Rae_vallavalitsus, lk 98
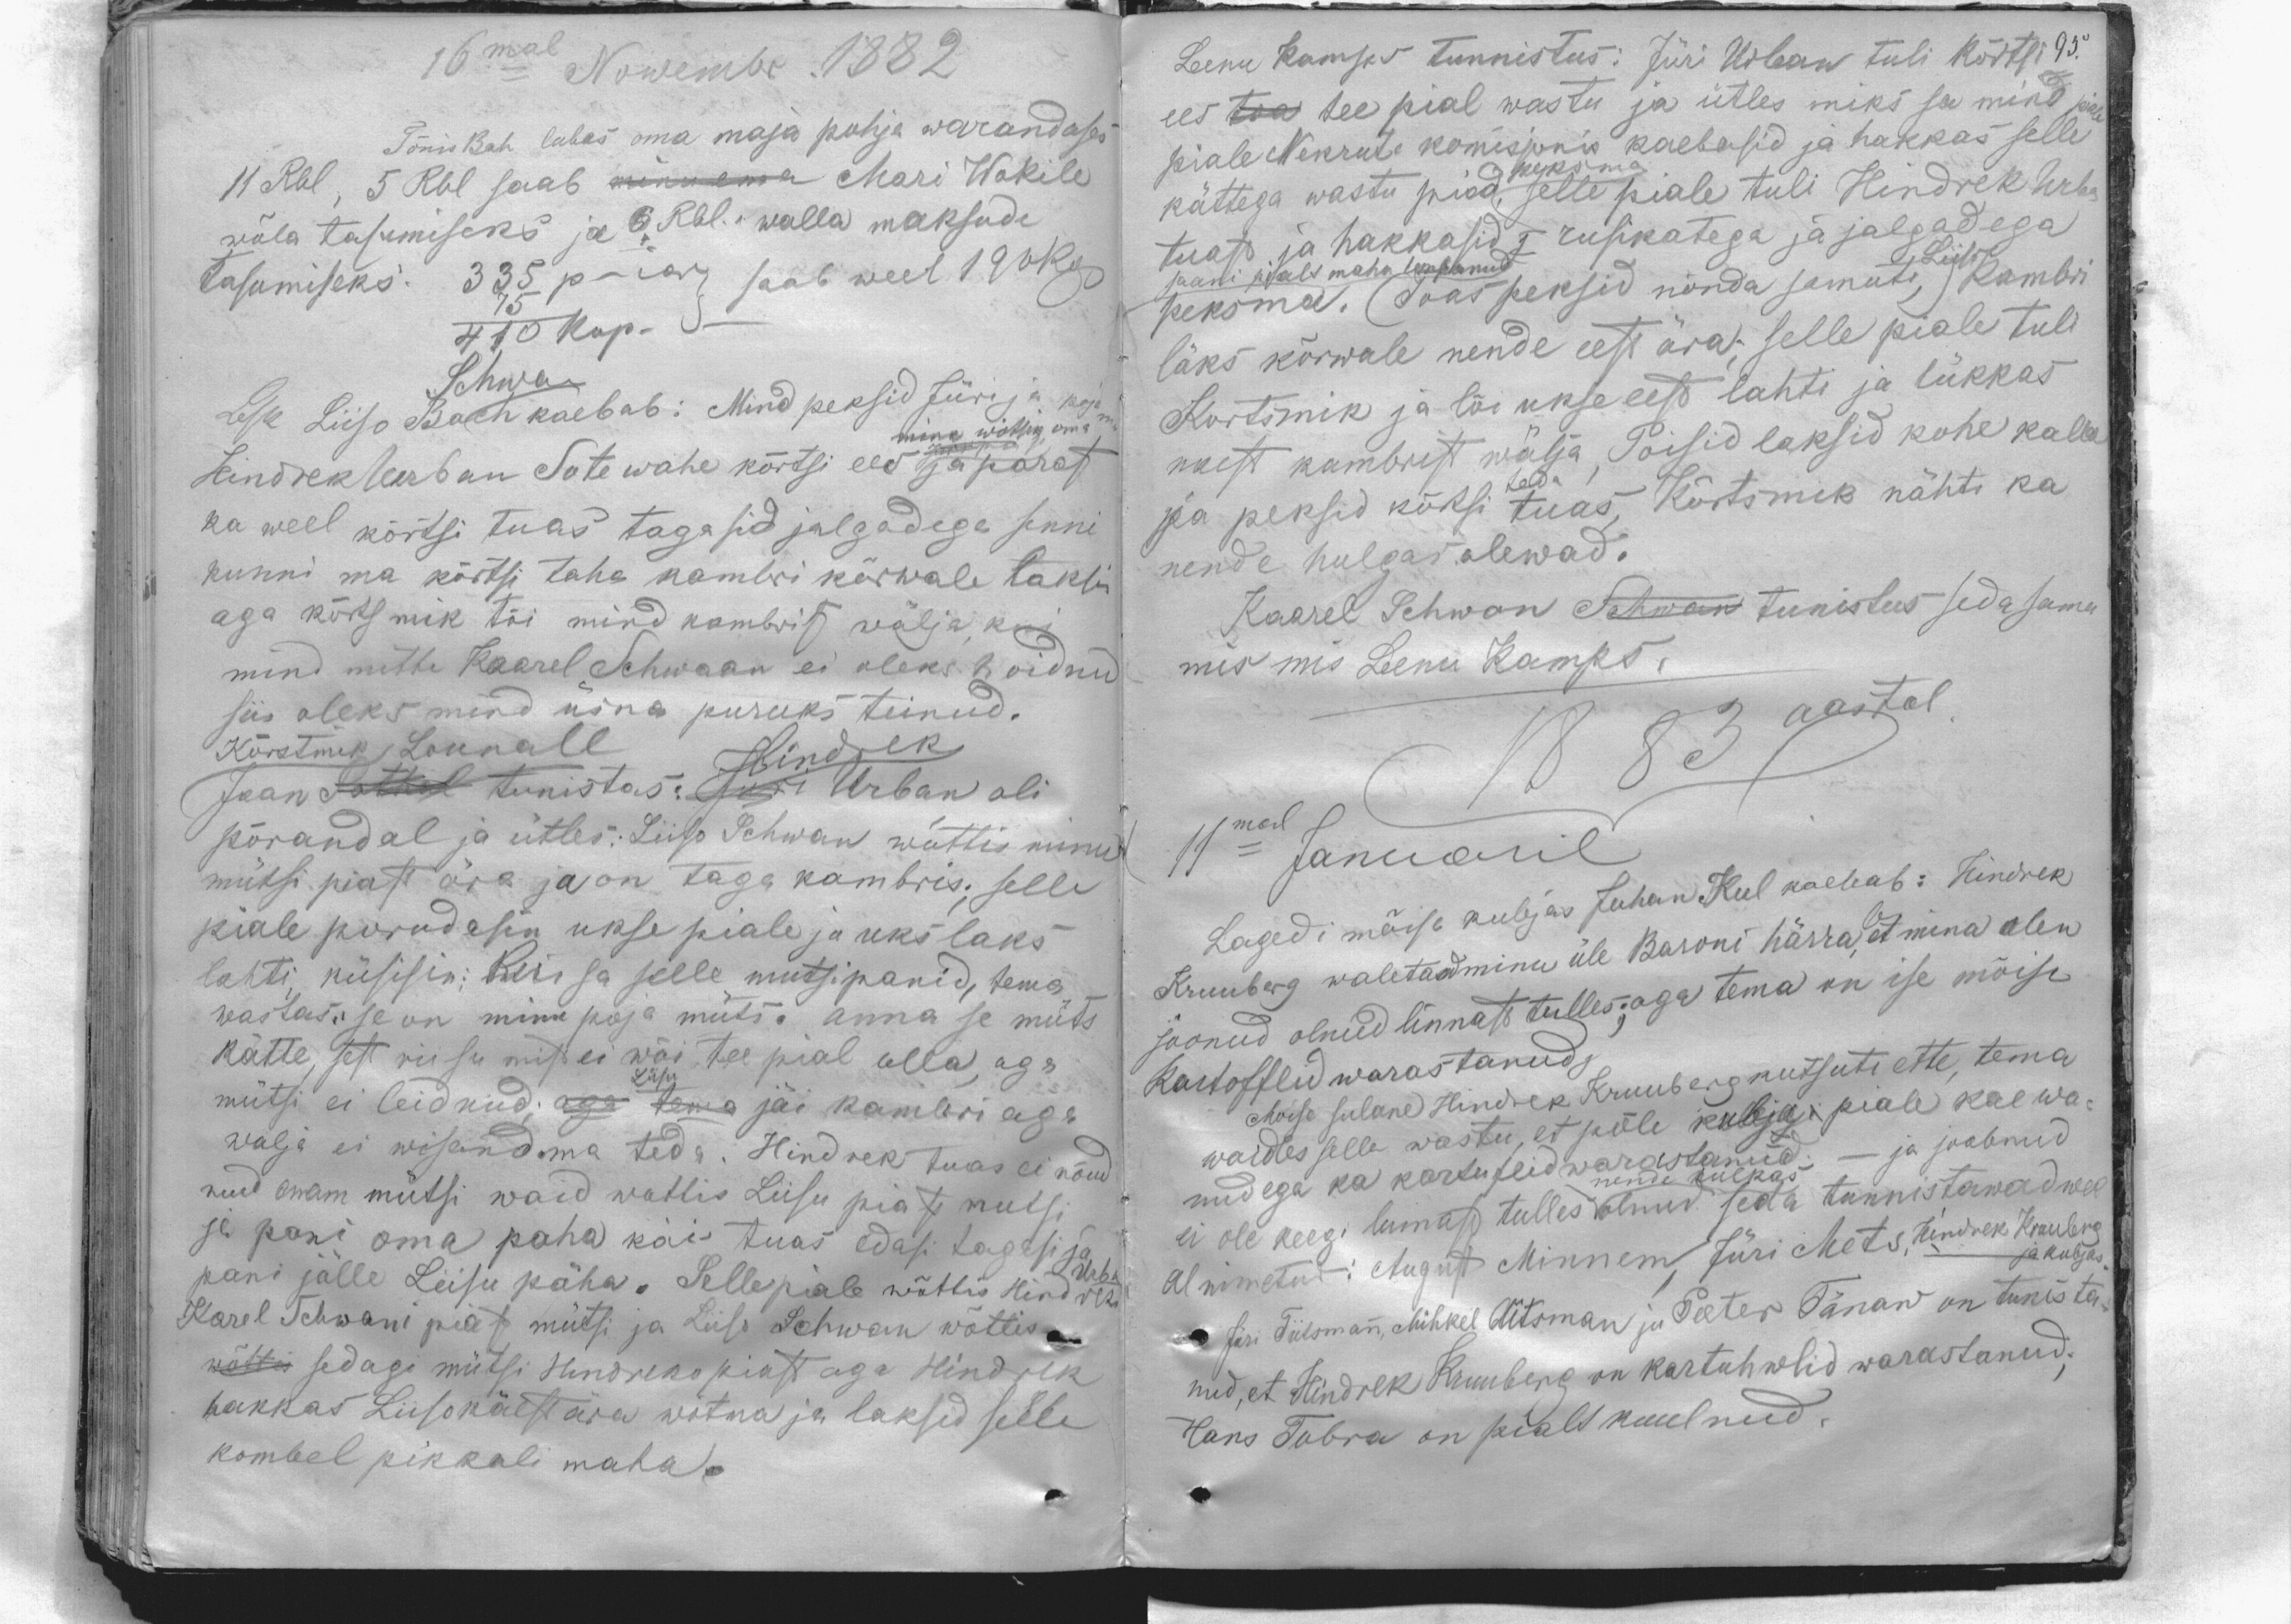
16mal Nowembr. 1882
Tõnis Bah lubas oma maja pohja waranduses
11 Rbl, 5 Rbl saab minu ema Mari Wokile
wõla tasumiseks ja 6 Rbl. walla maksude
tasumiseks. 335 p-ia saab weel 196kop
75
410 kop.
Schwan
Lesk Liiso Bach kaebab: Mind peksid Jüri ja poja
Hindrek Urban Sote wahe kõrtsi ees ja pärast
mina wõtsin oma
ka weel kõrtsi tuas tagasid jalgadega senni
kunni ma kõrtsi taha kambri kõrwale laksin
aga kõrtsmik tõi mind kambrist wälja, kus
mind mitte Kaarel Schwaan ei oleks hoidnud
siis oleks mind üsna puruks teinud.
Kõrtsmik Lounall
Hindrek
Jaan Patkul tunistas: Jüri Urban oli
põrandal ja ütles: Liiso Schwan wõttis minu
mütsi piast ära ja on taga kambris; selle
piale porudasin ukse piale ja uks laks
lahti, küsisin: Kus sa selle mutsi panid, tema
wastas: se on minu poja müts. anna se müts
kätte, sest riisumist ei wõi tee pial olla, aga
mütsi ei leidnud; aga tema jäi kambri aga
Liisu
walja ei wisand ma teda. Hindrek tuas ei nõud
nud enam mütsi waid wottis Liisu piast mutsi
ja pani oma paha käis tuas edasi tagasi ja
pani jälle Liisu päha. Sellepiale wõttis Hindrek
Urba
Karel Schwani piast mütsi ja Liiso Schwan wõttis
wõttis sedagi mütsi Hindreko piast aga Hindrek
hakkas Liiso käest ära wõtma ja laksid selle
kombel pikkali maha.

Leenu Kamps tunnistus: Jüri Urban tuli kõrtsi
95.
ees toa tee pial wastu ja ütles miks sa mino piale
piale Nekrute komisjonis kaebasid ja hakkas selle
kättega wastu piad, selle piale tuli Hindrek Urba
peksma
tuast ja hakkasid i rusikatega ja jalgadega
peksma. (Toas peksid nõnda samuti,) kambri
Liiso
saani pialt maha lubanud
läks kõrwale nende eest ära; selle piale tuli
Kortsmik ja lõi ukse eest lahti ja lükkas
naest kambrist wälja, Poisid laksid kohe kallal
teda
ja peksid kõrtsi tuas, Kõrtsmik nähti ka
nende hulgas olewad.
Kaarel Schwan Schwan tunistus seda sama
mis mis Leenu Kamps.
1883 aastal
11mal Januaril
Lagedi mõisa kubjas Juhan Keel kaebab: Hindrek
Kruuberg waletandminu üle Baroni härrale, et mina olen
joonud olnud linnast tulles; aga tema on ise mõisa
kartofflid warastanud,
Moisa sulane Hindrek Kruuberg kutsuti ette, tema
waidles selle wastu, et põle kubjase piale kaewa
nud ega ka kartuflid warastanud. - ja joobnud
ei ole keegi linnast tulles olnud. seda tunnistawad wel
Jüri Tiitsmann, Mihkel Aitsman ja Peeter Tänaw on tunista
nud, et Hindrek Kruuberg on kartuhwlid warastanud;
Hans Tubra on pialt kuulnud.